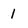
Character: 1